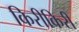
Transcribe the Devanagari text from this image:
किरीकिरी